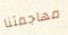
مهاجمتنا